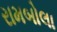
રામબોલા